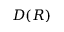
D ( R )